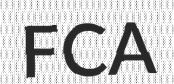
FCA